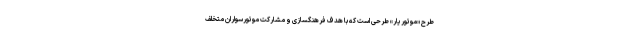
طرح «موتوریار» طرحی است که با هدف فرهنگسازی و مشارکت موتورسواران متخلف